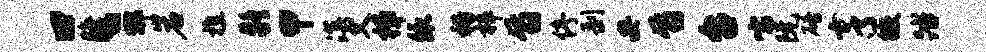
口晦丶那岩樵疑甲溟父樟依裕梓旨停剥安旨台嚅阮碚亨徽踏